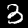
Label: 3